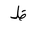
Letter: _za